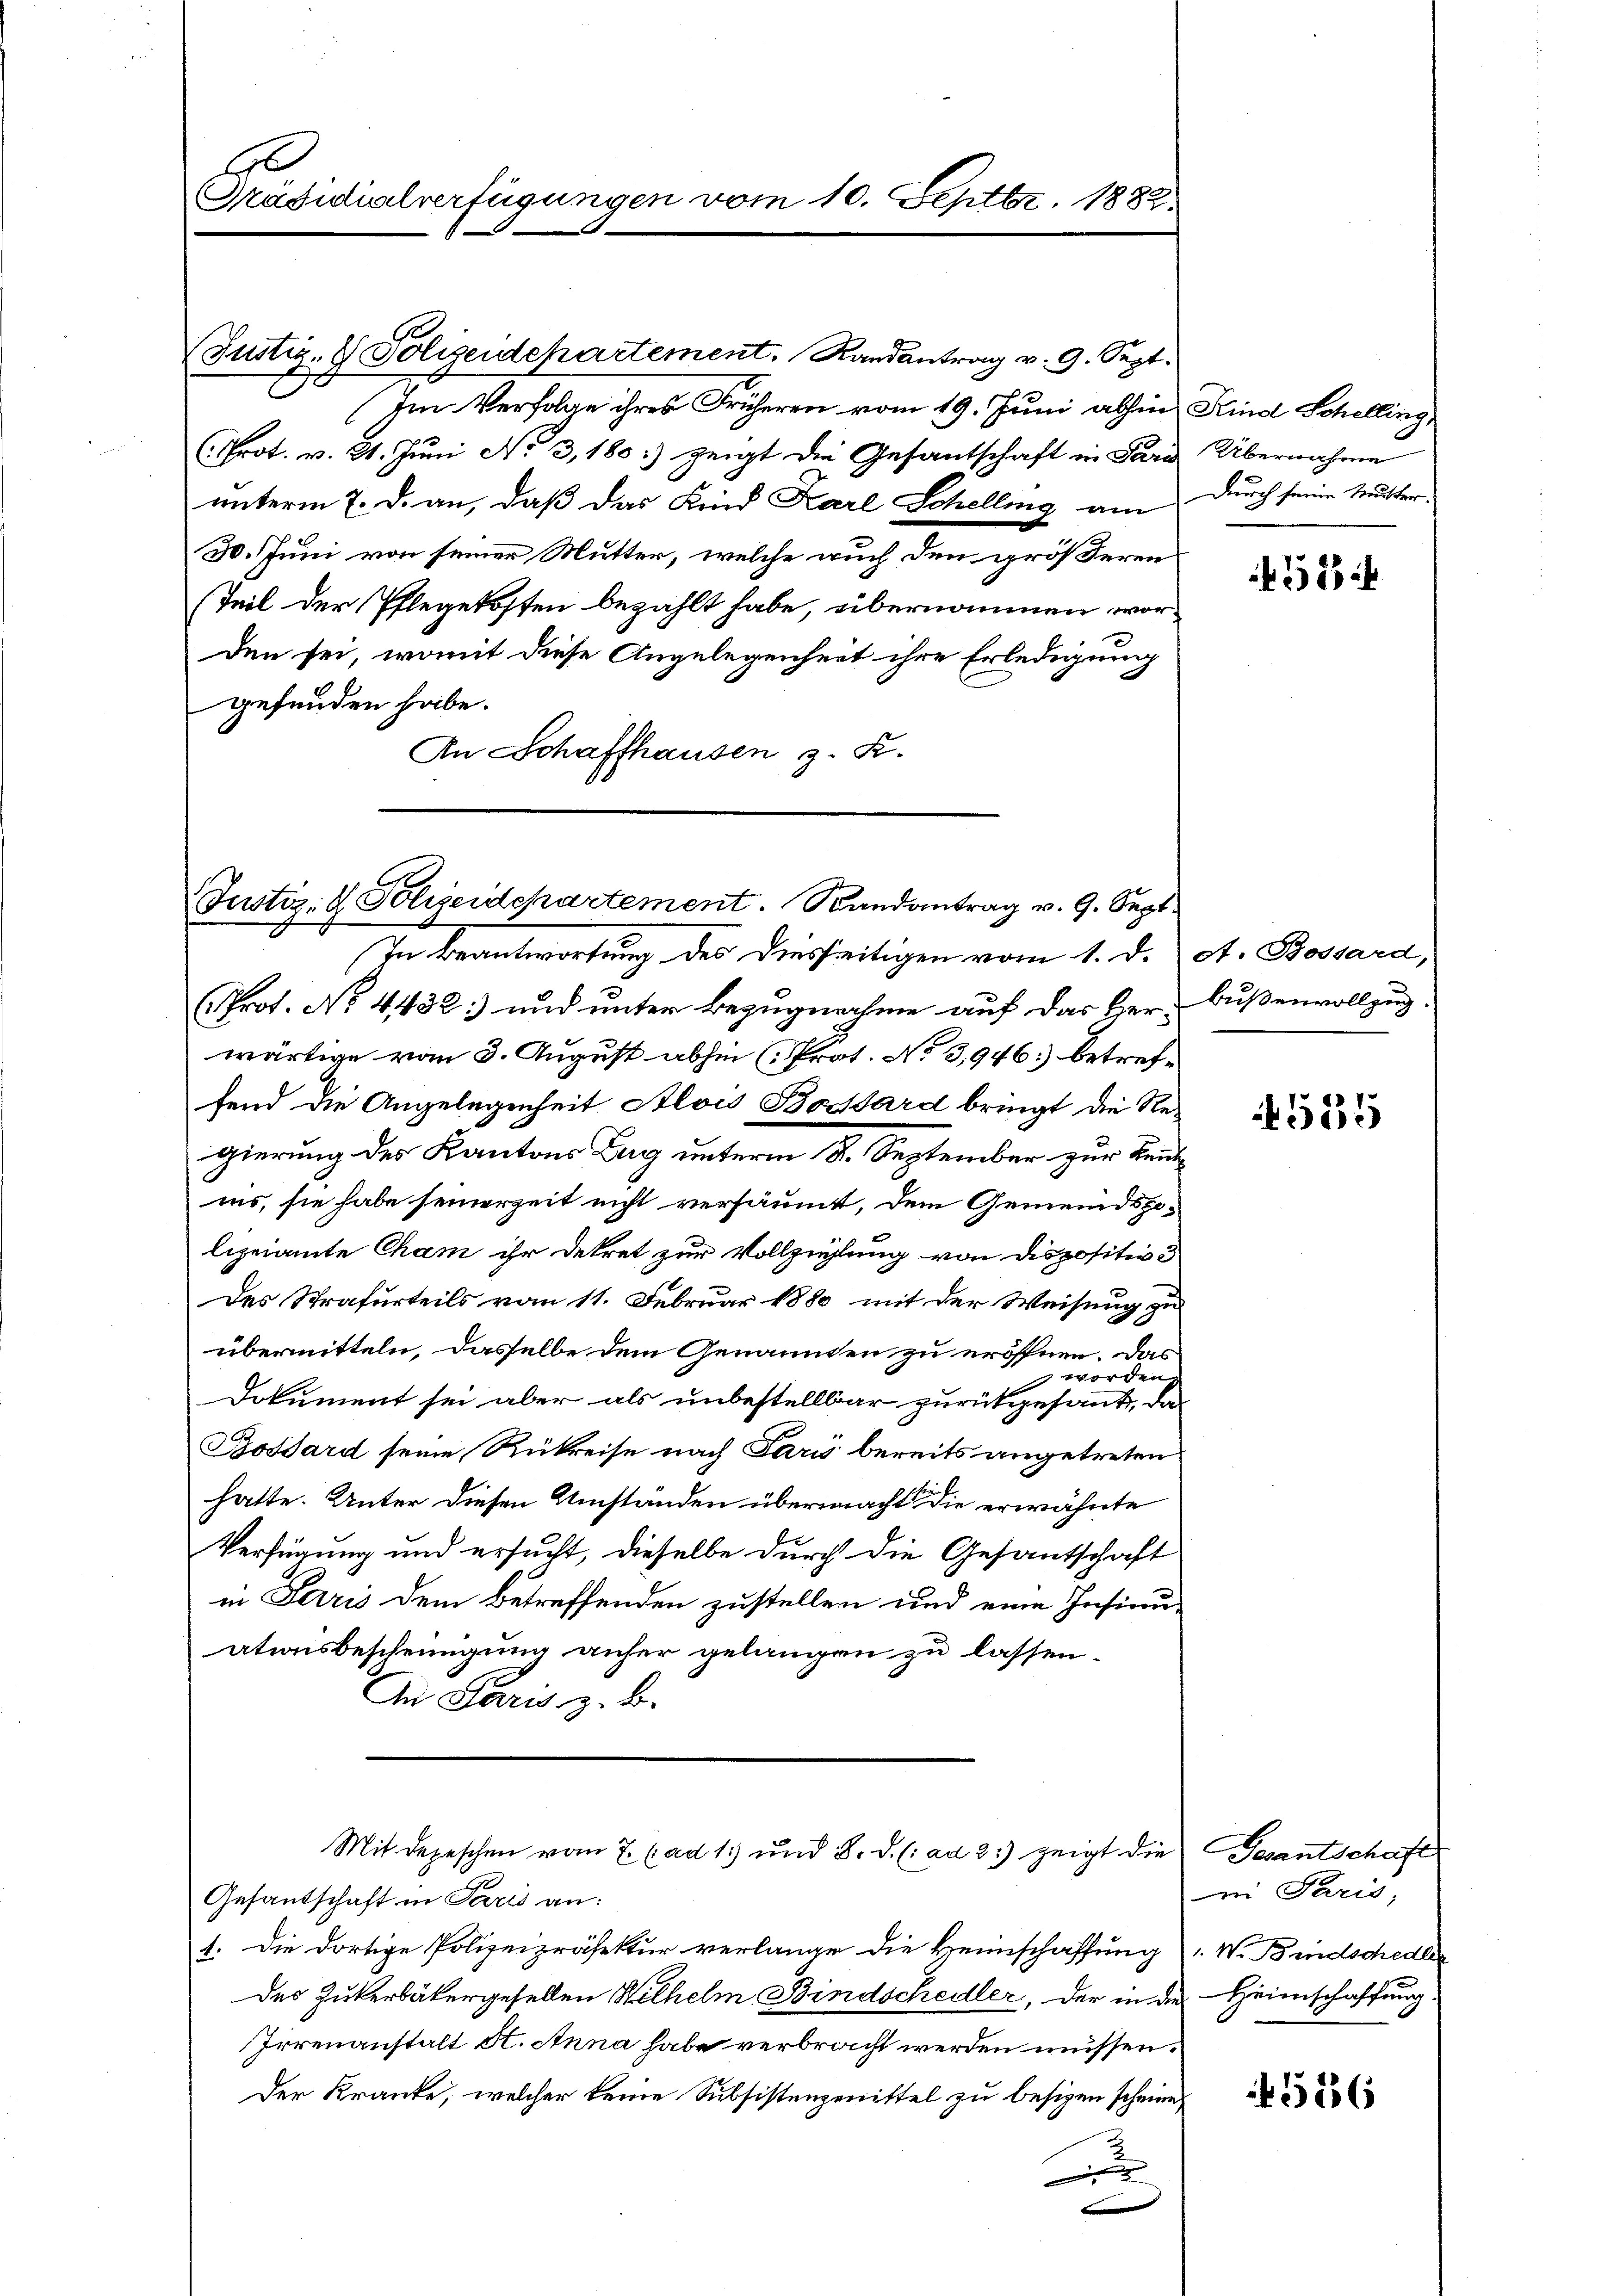
Be
Präsidialverfügungen vom 10. Septbr. 1882.

Justiz- & Polizeidepartement. Randantrag v. 9. Sept.
1
E
(Im Verfolge ihres Früheren vom 19. Juni abhin Kind Schelling,
(Prot. v. 21. Juni No 3,180:) zeigt die Gesantschaft in Sarg Übernahme
unterm 7. d. an, daß das Kind Karl Schelling am
30. Juni von seiner Mutter, welche auch den größeren
Teil der Pflegekosten bezahlt habe, übernommen worden sei, womit diese Angelegenheit ihre Erledigung
gefunden habe.
An Schaffhausen z. K.

Justiz- & Polizeidepartement. Randantrag v. 9. Sept.
In Beantwortung des Diesseitigen vom 1. d.
(Prot. No 4432.) und unter Bezugnahme auf das Herwärtige vom 3. August abhin (Prot. No 3,946 betreffend die Angelegenheit Alois Bochard bringt die Regierung des Kantons Zug unterm 8. September zur Kenn
ins, sie habe seinerzeit nicht versäumt, dem Gemeindspolizeiamte Cham ihr Dekret zur Vollziehung von dispositive
Des Strafurteils vom 11. Februar 1880 mit der Weisung zu
übermitteln, dasselbe dem Genannten zu eröffnen. Das
 worden.
Dokument sei aber als unbestellbar zurückgesant, da
Bossard seine Rükreise nach Paris bereits angetreten
hatte. Unter diesen Umständen übermachte die erwähnte
Verfügung und ersucht, dieselbe durch die Gesantschaft
in Paris dem Betreffenden zustellen und eine Insinu
ationsbescheinigung anfer gelangen zu lassen.
An Paris z. B.
Mit depeschen vom 7. (ad 1) und 8. d. (: ad 2.) zeigt die Gesantschaft
Gesantschaft in Paris an:
1. Die dortige Polizeipräfektur verlange die Heimschaffung W. Bindschedle
des Zukerbätergesellen Wilhelm Bindschedler, der in der Heimschaffung
Irrenanstalt A. Anna habe verbracht werden müssen.
Der Kranke, welcher keine Subsistenzmittel zu besizen scheine
x

durch seine Mutter.

513

A. Bossard,
bußenvollzug.

555

ei Paris;

5156